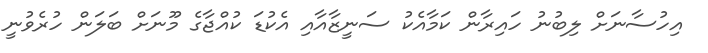
އިހުސާނަށް ލިބުނު ހައިރާން ކަމާއެކު ސަނީޒާއާއި އެކުޑަ ކުއްޖާގެ މޫނަށް ބަލަން ހުރެވުނީ